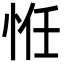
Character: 㤛